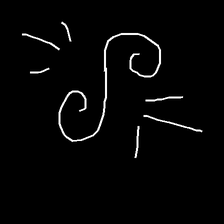
Glyph: wind-directs-air